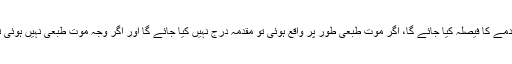
پولیس کا کہنا تھا کہ پوسٹ مارٹم کے بعد ہی مقدمے کا فیصلہ کیا جائے گا، اگر موت طبعی طور پر واقع ہوئی تو مقدمہ درج نہیں کیا جائے گا اور اگر وجہ موت طبعی نہیں ہوئی تو ذمہ داران کے خلاف مقدمہ درج کیا جائے گا۔